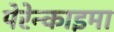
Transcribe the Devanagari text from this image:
पेरेन्काइमा